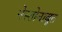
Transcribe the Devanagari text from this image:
नेस्तोनाबूत